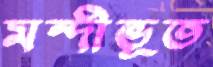
মন্দীভূত